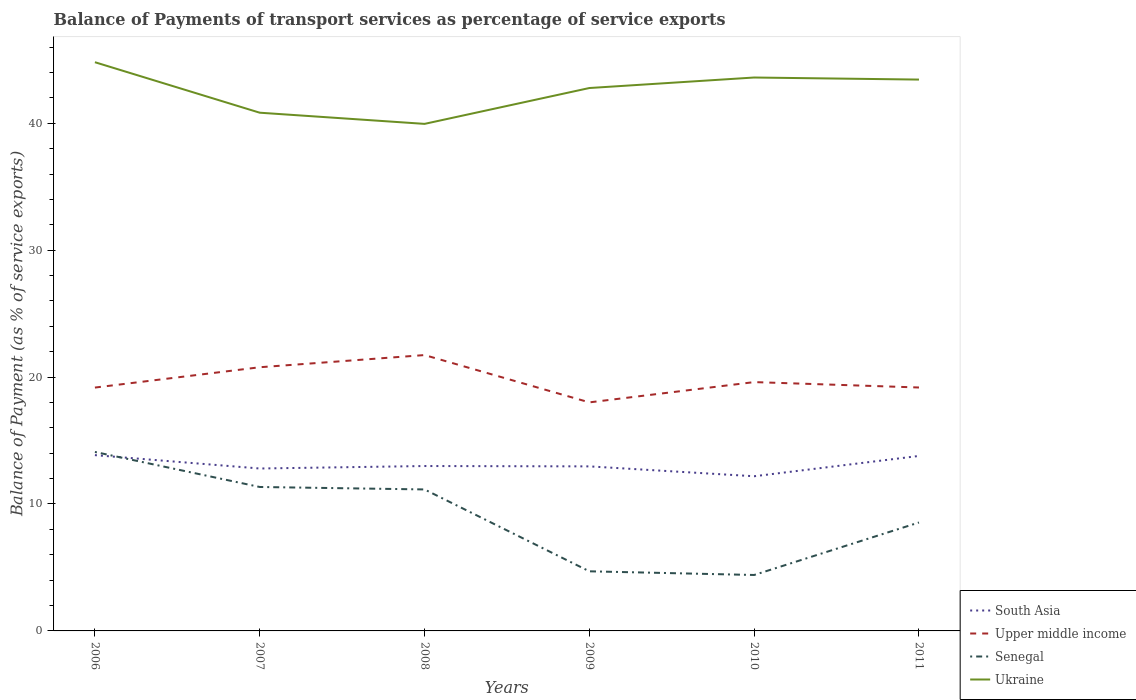
| Years | South Asia | Upper middle income | Senegal | Ukraine |
 | --- | --- | --- | --- | --- |
 | 2006 | 13.9 | 19.2 | 14.1 | 44.8 |
 | 2007 | 12.8 | 20.8 | 11.3 | 40.8 |
 | 2008 | 13 | 21.7 | 11.1 | 39.9 |
 | 2009 | 13 | 18 | 4.7 | 42.8 |
 | 2010 | 12.2 | 19.6 | 4.41 | 43.6 |
 | 2011 | 13.8 | 19.2 | 8.54 | 43.4 |